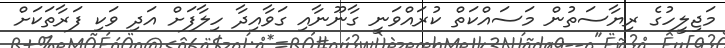
މަޖިލީހުގެ ރިޔާސަތުން މަސައްކަތް ކުރައްވަނީ ގާނޫނާއި ގަވާއިދާ ހިލާފަށް އަދި ވަކި ފަރާތަކަށް